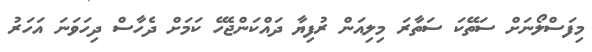
މިފަސްލޯނަށް ސަތޭކަ ސަތާރަ މިލިއަން ރުފިޔާ ދައްކަންޖެހޭ ކަމަށް ދެހާސް ދިހަވަނަ އަހަރު